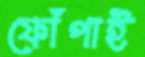
ফোঁপাই